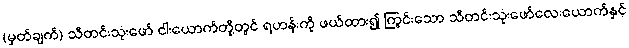
(မှတ်ချက်) သီတင်းသုံးဖော် ငါးယောက်တို့တွင် ရဟန်းကို ဖယ်ထား၍ ကြွင်းသော သီတင်းသုံးဖော်လေးယောက်နှင့်